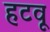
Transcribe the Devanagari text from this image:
हटवू